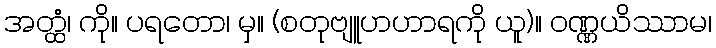
အတ္ထံ၊ ကို။ ပရတော၊ မှ။ (စတုဗျူဟဟာရကို ယူ)။ ဝဏ္ဏယိဿာမ၊